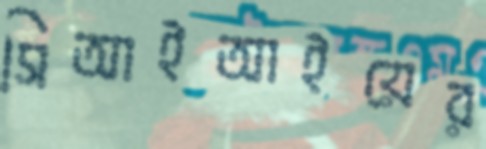
সিআইআইয়ের